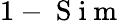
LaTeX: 1-\mathrm{~S~i~m~}